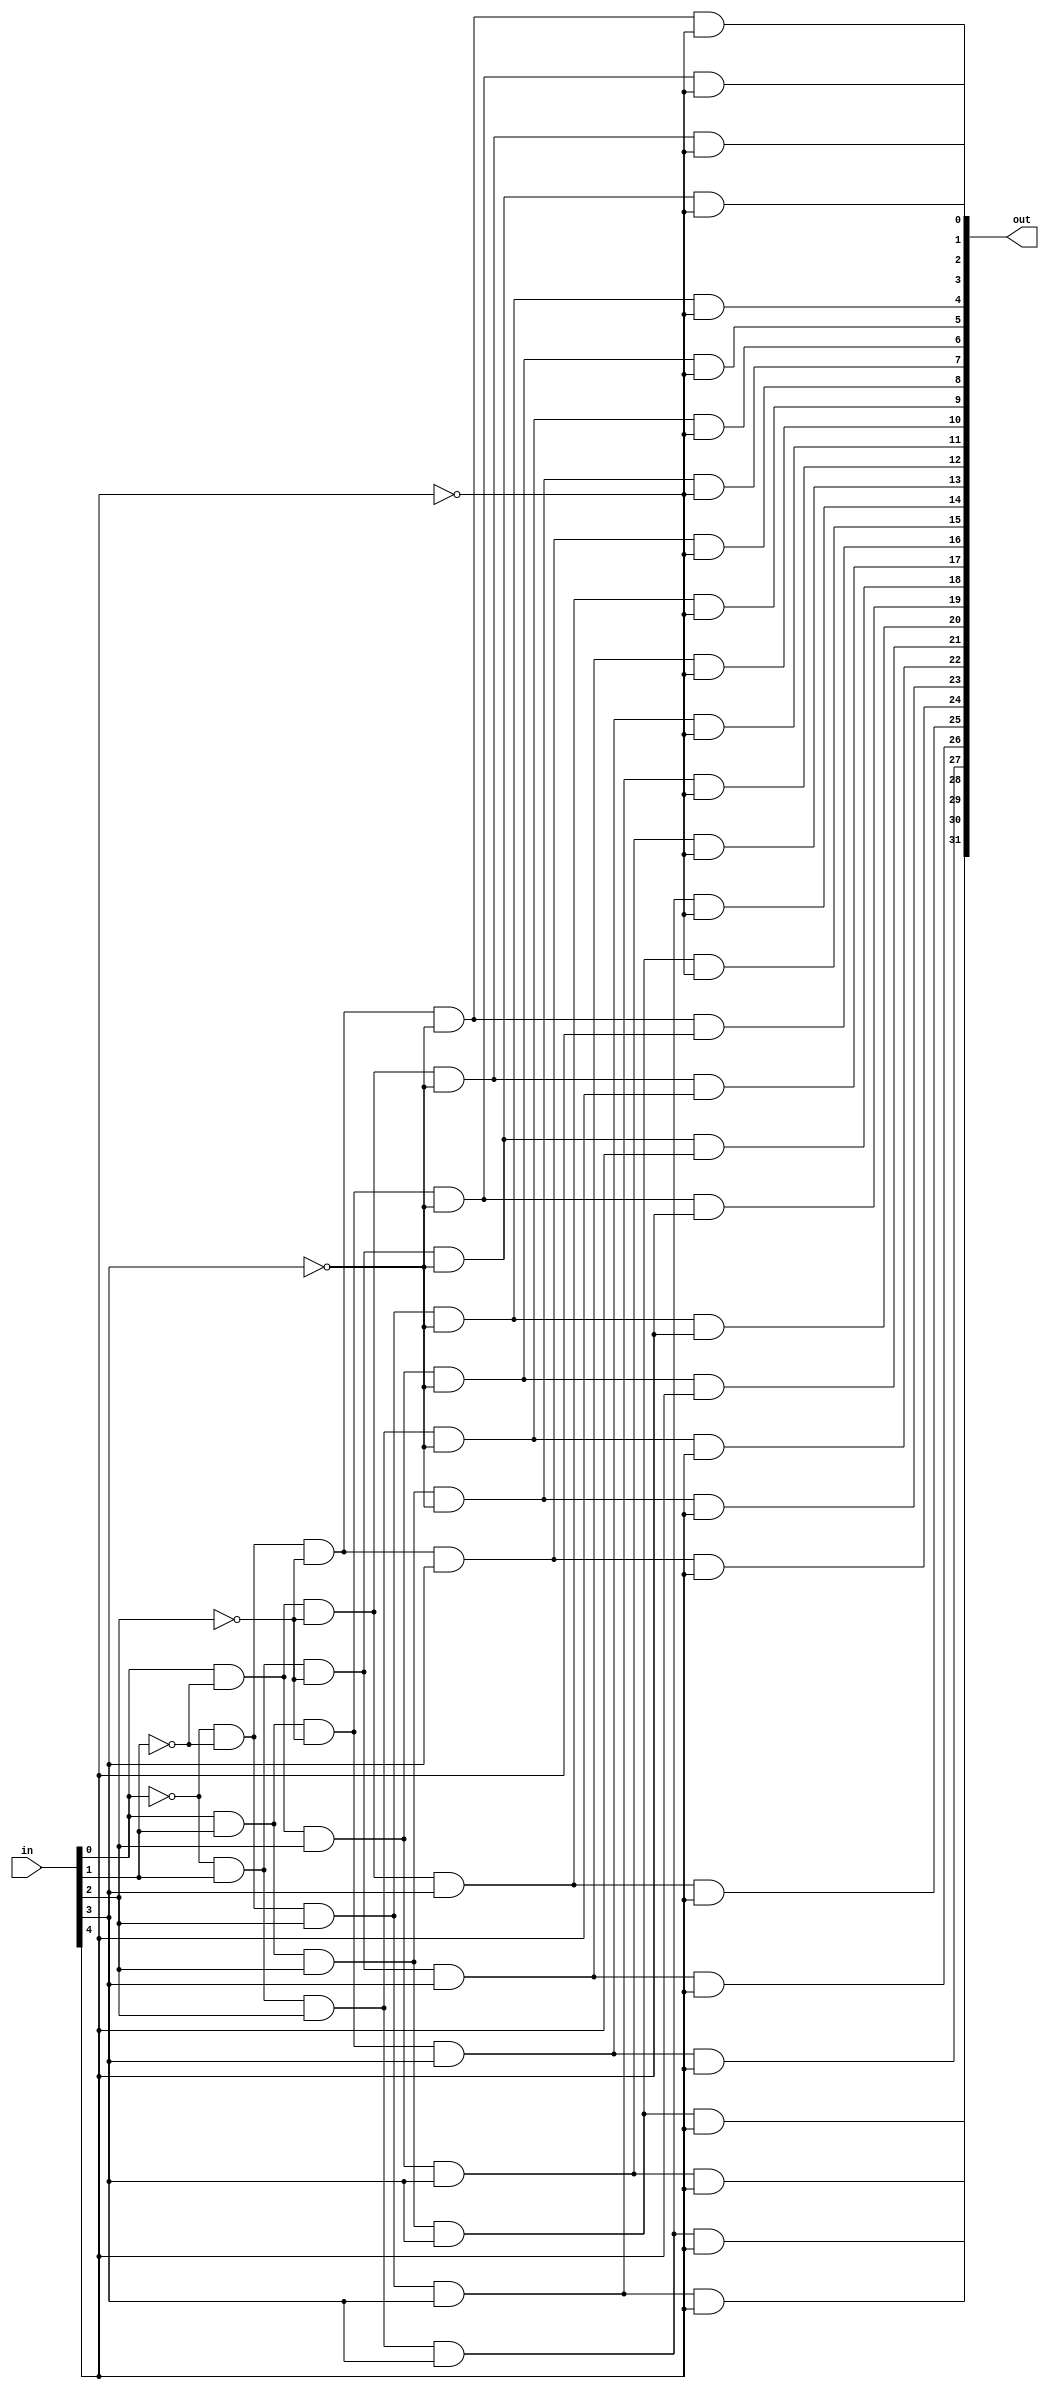
module fiveToThirtyTwoDecoder(out, in);
	input [4:0] in;
	output [31:0] out;
	wire [4:0] w;
	
	not n1(w[0], in[0]);
	not n2(w[1], in[1]);
	not n3(w[2], in[2]);
	not n4(w[3], in[3]);
	not n5(w[4], in[4]);
	and a0(out[0], w[0], w[1], w[2], w[3], w[4]);
	and a0(out[1], in[0], w[1], w[2], w[3], w[4]);
	and a0(out[2], w[0], in[1], w[2], w[3], w[4]);
	and a0(out[3], in[0], in[1], w[2], w[3], w[4]);
	and a0(out[4], w[0], w[1], in[2], w[3], w[4]);
	and a0(out[5], in[0], w[1], in[2], w[3], w[4]);
	and a0(out[6], w[0], in[1], in[2], w[3], w[4]);
	and a0(out[7], in[0], in[1], in[2], w[3], w[4]);
	and a0(out[8], w[0], w[1], w[2], in[3], w[4]);
	and a0(out[9], in[0], w[1], w[2], in[3], w[4]);
	and a0(out[10], w[0], in[1], w[2], in[3], w[4]);
	and a0(out[11], in[0], in[1], w[2], in[3], w[4]);
	and a0(out[12], w[0], w[1], in[2], in[3], w[4]);
	and a0(out[13], in[0], w[1], in[2], in[3], w[4]);
	and a0(out[14], w[0], in[1], in[2], in[3], w[4]);
	and a0(out[15], in[0], in[1], in[2], in[3], w[4]);
	and a0(out[16], w[0], w[1], w[2], w[3], in[4]);
	and a0(out[17], in[0], w[1], w[2], w[3], in[4]);
	and a0(out[18], w[0], in[1], w[2], w[3], in[4]);
	and a0(out[19], in[0], in[1], w[2], w[3], in[4]);
	and a0(out[20], w[0], w[1], in[2], w[3], in[4]);
	and a0(out[21], in[0], w[1], in[2], w[3], in[4]);
	and a0(out[22], w[0], in[1], in[2], w[3], in[4]);
	and a0(out[23], in[0], in[1], in[2], w[3], in[4]);
	and a0(out[24], w[0], w[1], w[2], in[3], in[4]);
	and a0(out[25], in[0], w[1], w[2], in[3], in[4]);
	and a0(out[26], w[0], in[1], w[2], in[3], in[4]);
	and a0(out[27], in[0], in[1], w[2], in[3], in[4]);
	and a0(out[28], w[0], w[1], in[2], in[3], in[4]);
	and a0(out[29], in[0], w[1], in[2], in[3], in[4]);
	and a0(out[30], w[0], in[1], in[2], in[3], in[4]);
	and a0(out[31], in[0], in[1], in[2], in[3], in[4]);
	
endmodule